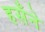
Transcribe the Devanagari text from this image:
हसँने